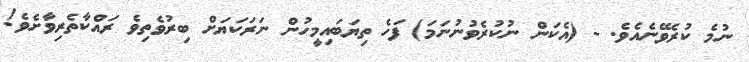
ނުމެ ކުރެވޭނެއެވެ. - (އެކަން ނުކުރެވުނުނަމަ) ފަހެ ތިޔަބައިމީހުން ނަރަކަޔަށް ބިރުވެތިވެ ރައްކާތެރިވާށެވެ!